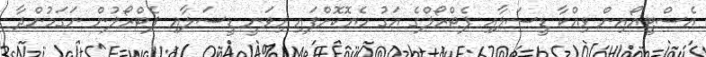
އެސްޓީއޯއިން ވިއްކާ ޑީސަލާއި ޕެޓްރޯލްގެ އަގު ހެޔޮކޮށްފައި މިވަނީ ޑީސަލާއި ޕެޓްރޯލުން ނަގަމުންދާ